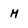
Character: M